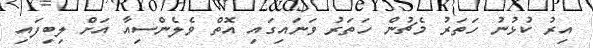
އިރު ކުޅުނު ހަތަރު މެޗުން ހަތަރު ވަނައިގައި އޮތް ވެލެންސިއާ އަށް ލިބިފައި